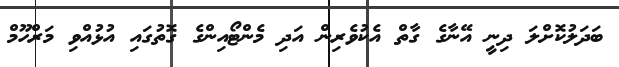
ބަދަލުކޮށްލަ ދިނީ އޭނާގެ ގާތް އެކުވެރިން އަދި މެންޓޯއިންގެ ގޮތުގައި އުޅުއްވި މަރްހޫމް